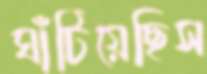
ঘাঁটিয়েছিস